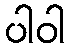
ပါဝါ